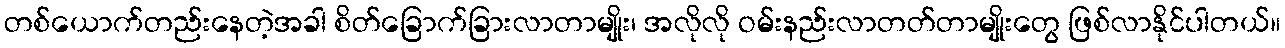
တစ်ယောက်တည်းနေတဲ့အခါ စိတ်ခြောက်ခြားလာတာမျိုး၊ အလိုလို ဝမ်းနည်းလာတတ်တာမျိုးတွေ ဖြစ်လာနိုင်ပါတယ်။